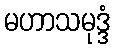
မဟာသမုဒ္ဒံ